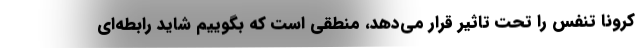
کرونا تنفس را تحت تاثیر قرار می‌دهد، منطقی است که بگوییم شاید رابطه‌ای